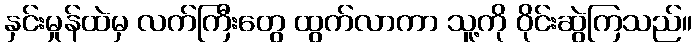
နှင်းမှုန်ထဲမှ လက်ကြီးတွေ ထွက်လာကာ သူ့ကို ဝိုင်းဆွဲကြသည်။